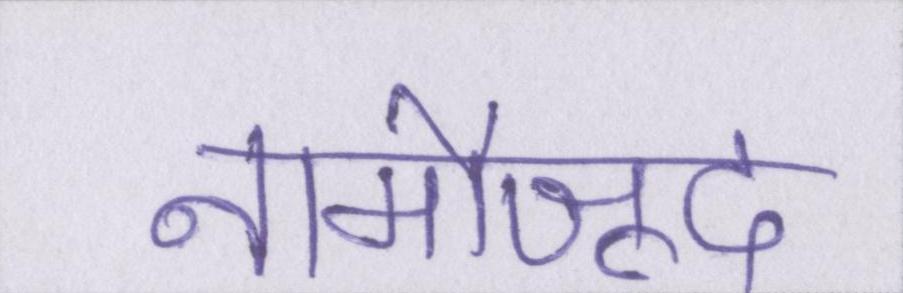
नामौजूद